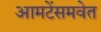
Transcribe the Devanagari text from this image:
आमटेंसमवेत